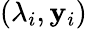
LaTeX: (\lambda_{i},\mathbf{y}_{i})